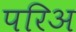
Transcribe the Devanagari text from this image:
परिअ